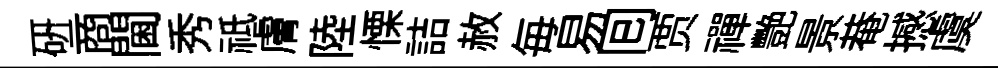
硏商閫秀祗膚陸慄詰赦毎易囘贾禪艷景𤲅撼虞